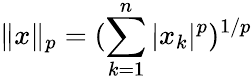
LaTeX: \| x\| _{p}=(\sum_{k=1}^{n}|x_{k}|^{p})^{1/p}